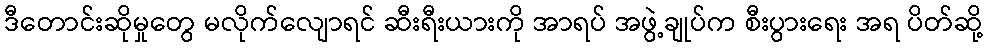
ဒီတောင်းဆိုမှုတွေ မလိုက်လျောရင် ဆီးရီးယားကို အာရပ် အဖွဲ့ချုပ်က စီးပွားရေး အရ ပိတ်ဆို့